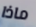
ماذا